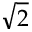
\sqrt 2